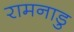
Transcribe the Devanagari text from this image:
रामनाडु